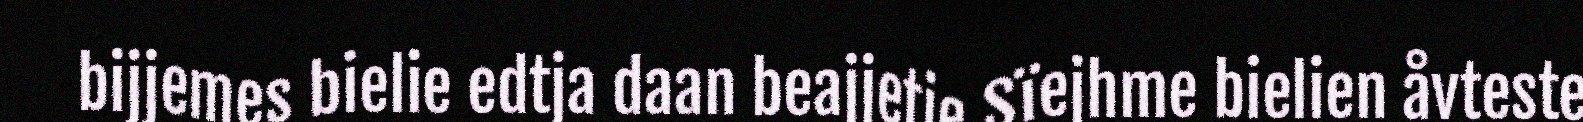
bijjemes bielie edtja daan beajjetje Sïejhme bielien åvteste